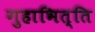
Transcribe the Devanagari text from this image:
गुहाभित्ति